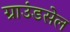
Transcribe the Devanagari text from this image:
ग्राउंडसेल